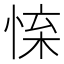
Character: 𢛐